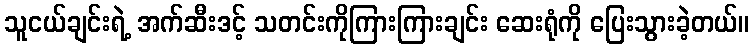
သူငယ်ချင်းရဲ့ အက်ဆီးဒင့် သတင်းကိုကြားကြားချင်း ဆေးရုံကို ပြေးသွားခဲ့တယ်။